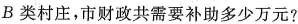
B类村庄，市财政共需要补助多少万元?